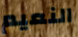
النعيم